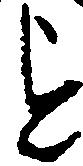
を